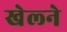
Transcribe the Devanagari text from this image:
खेल्ने